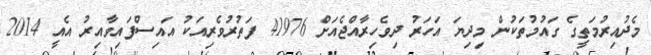
މެދުއިރުމަތީގެ ގައުމުތަކުން މިދިޔަ އަހަރު ދިވެހިރާއްޖެއަށް 41976 ފަތުރުވެރިއަކު އައިސްފައިވާއިރު އެއީ 2014